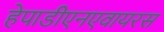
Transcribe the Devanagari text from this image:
हेपाडीएनएवायरस